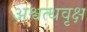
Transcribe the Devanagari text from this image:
अश्वत्थवृक्ष